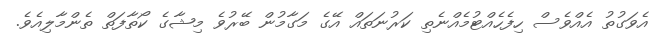
އެވަގުތު އެއްވެސް ހިފެހެއްޓުމެއްނެތި ކަރުނަތައް އޭގެ މަގާމުން ބޭރުވެ މިޝާގެ ކޯތާފަތް ތެންމާލިއެވެ.